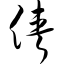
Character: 侠